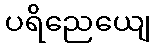
ပရိညေယျေ